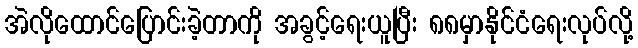
အဲလိုထောင်ပြောင်းခဲ့တာကို အခွင့်ရေးယူပြီး ၈၈မှာနိုင်ငံရေးလုပ်လို့